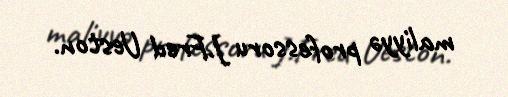
maliyyə professoru J.Fred Ueston.